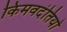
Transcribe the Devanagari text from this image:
किमवदंतियों